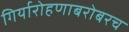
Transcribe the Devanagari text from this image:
गिर्यारोहणाबरोबरच